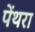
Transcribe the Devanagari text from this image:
पेंथरा